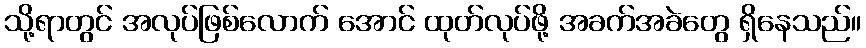
သို့ရာတွင် အလုပ်ဖြစ်လောက် အောင် ထုတ်လုပ်ဖို့ အခက်အခဲတွေ ရှိနေသည်။